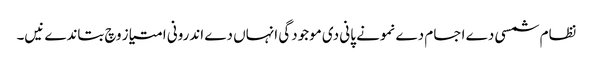
نظام شمسی دے اجسام دے نمونے پانی دی موجودگی انہاں دے اندرونی امتیاز وچ بتاندے نیں۔